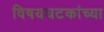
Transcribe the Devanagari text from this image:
विषयघटकांच्या